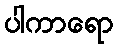
ပါကာရော